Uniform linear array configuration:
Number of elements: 32
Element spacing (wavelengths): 0.75
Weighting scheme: kaiser
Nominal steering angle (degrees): -15
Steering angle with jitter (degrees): -15.194
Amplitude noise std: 0.05
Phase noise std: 0.05

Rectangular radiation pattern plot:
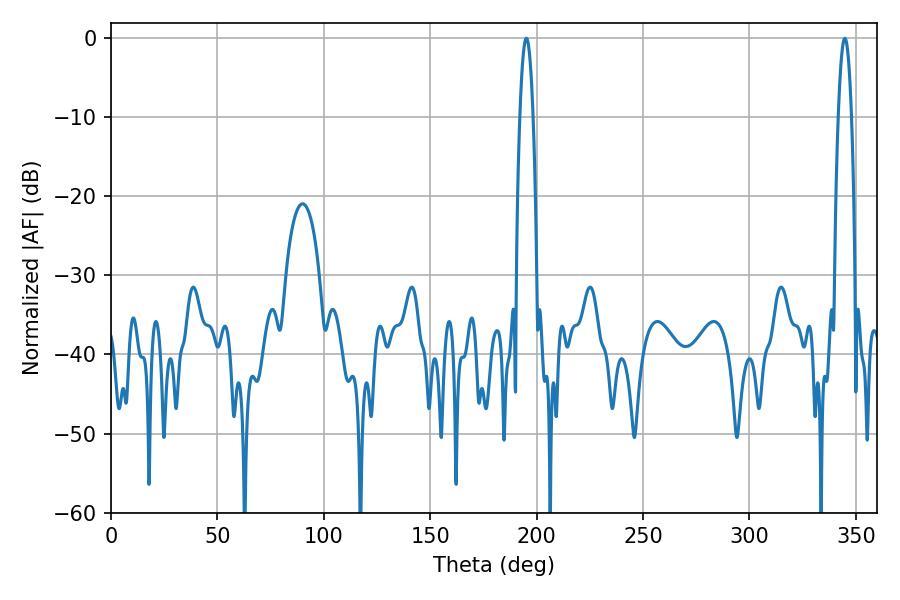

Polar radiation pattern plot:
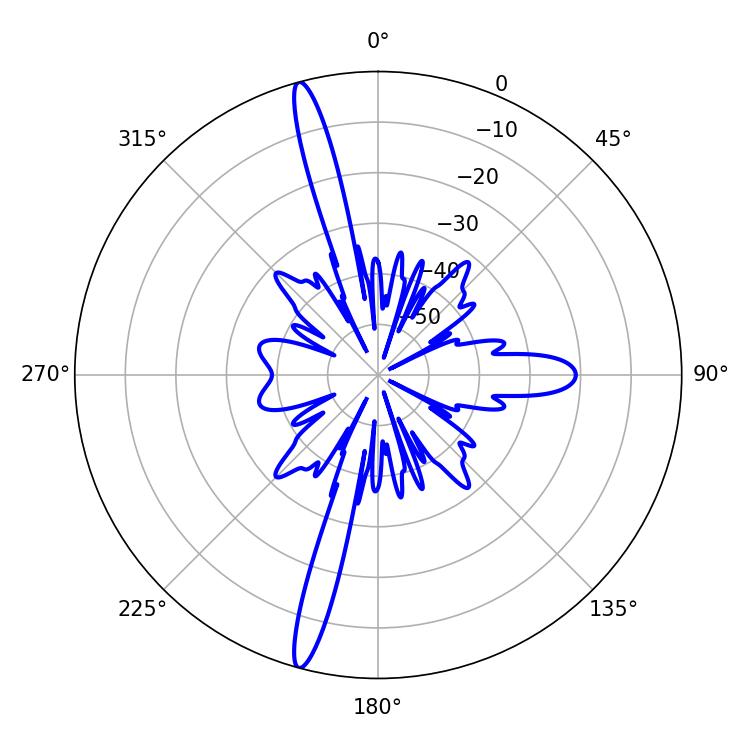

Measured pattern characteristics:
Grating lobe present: TRUE
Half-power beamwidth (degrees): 3.42
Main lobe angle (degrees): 195.12